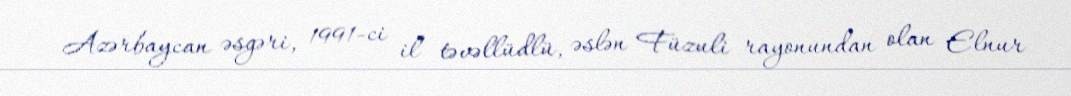
Azərbaycan əsgəri, 1991-ci il təvəllüdlü, əslən Füzuli rayonundan olan Elnur